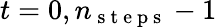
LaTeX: t=0,n_{\mathrm{~s~t~e~p~s~}}-1